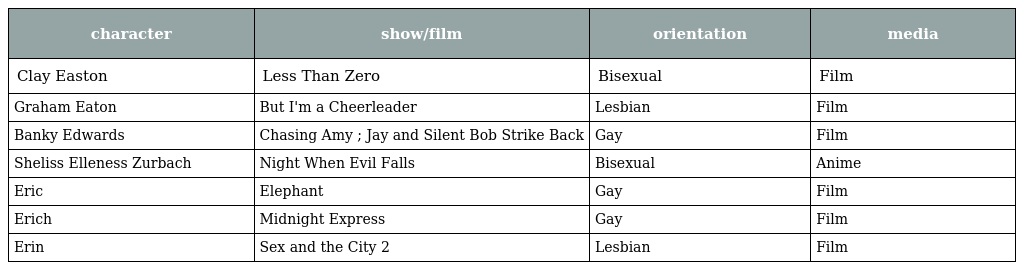
| character | show/film | orientation | media |
 | --- | --- | --- | --- |
 | Clay Easton | Less Than Zero | Bisexual | Film |
 | Graham Eaton | But I'm a Cheerleader | Lesbian | Film |
 | Banky Edwards | Chasing Amy ; Jay and Silent Bob Strike Back | Gay | Film |
 | Sheliss Elleness Zurbach | Night When Evil Falls | Bisexual | Anime |
 | Eric | Elephant | Gay | Film |
 | Erich | Midnight Express | Gay | Film |
 | Erin | Sex and the City 2 | Lesbian | Film |